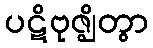
ပဋိဗုဇ္ဈိတွာ